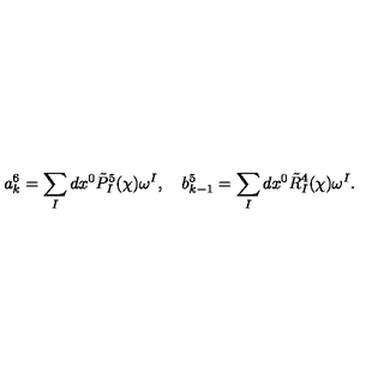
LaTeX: a _ { k } ^ { 6 } = \sum _ { I } d x ^ { 0 } \tilde { P } _ { I } ^ { 5 } ( \chi ) \omega ^ { I } , \quad b _ { k - 1 } ^ { 5 } = \sum _ { I } d x ^ { 0 } \tilde { R } _ { I } ^ { 4 } ( \chi ) \omega ^ { I } .